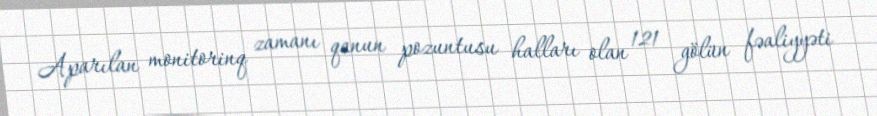
Aparılan monitorinq zamanı qanun pozuntusu halları olan 121 gölün fəaliyyəti